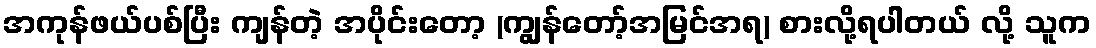
အကုန်ဖယ်ပစ်ပြီး ကျန်တဲ့ အပိုင်းတော့ (ကျွန်တော့်အမြင်အရ) စားလို့ရပါတယ် လို့ သူက